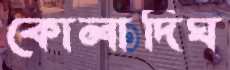
কোলাদিঘ